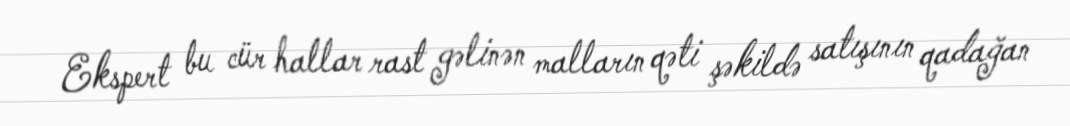
Ekspert bu cür hallar rast gəlinən malların qəti şəkildə satışının qadağan